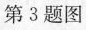
第3题图